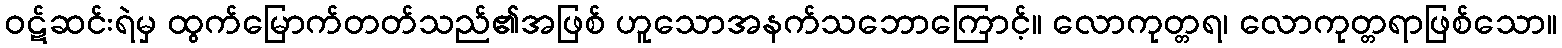
ဝဋ်ဆင်းရဲမှ ထွက်မြောက်တတ်သည်၏အဖြစ် ဟူသောအနက်သဘောကြောင့်။ လောကုတ္တရ၊ လောကုတ္တရာဖြစ်သော။